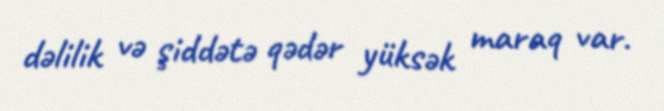
dəlilik və şiddətə qədər yüksək maraq var.